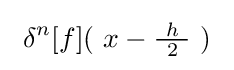
\ \delta ^{n}[f](\ x-{\tfrac {\ h\ }{2}}\ )\